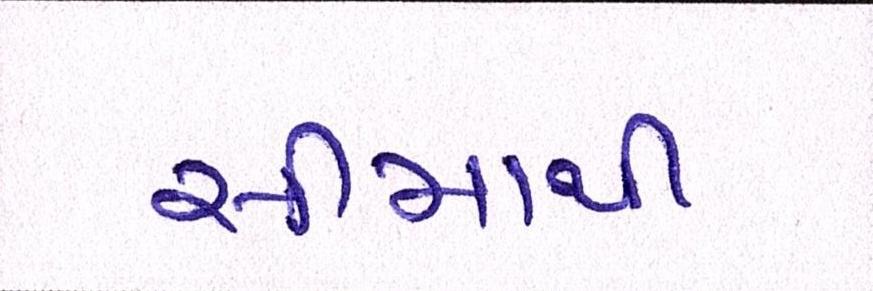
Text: સીમાથી